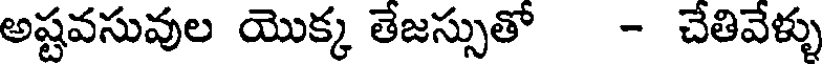
అష్టవసువుల యొక్క తేజస్సుతో - చేతివేళ్ళు